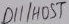
Text: D11